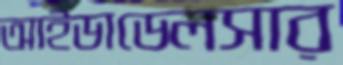
আইডাডেলসার